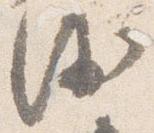
沙